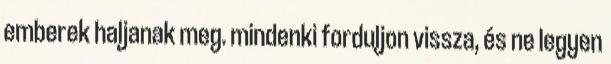
emberek haljanak meg. mindenki forduljon vissza, és ne legyen